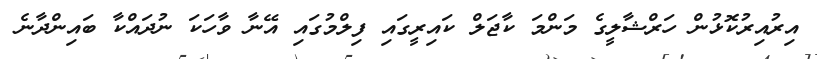
އިރުއިރުކޮޅުން ހަރްޝާލީގެ މަންމަ ކާޖަލް ކައިރީގައި ފިލްމުގައި އޭނާ ވާހަކަ ނުދައްކާ ބައިންދާނެ